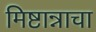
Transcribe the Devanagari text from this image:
मिष्टान्नाचा